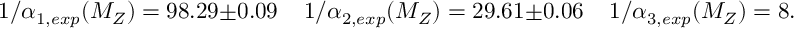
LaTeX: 1 / \alpha _ { 1 , e x p } ( M _ { Z } ) = 9 8 . 2 9 \pm 0 . 0 9 \; \; \; \; 1 / \alpha _ { 2 , e x p } ( M _ { Z } ) = 2 9 . 6 1 \pm 0 . 0 6 \; \; \; \; 1 / \alpha _ { 3 , e x p } ( M _ { Z } ) = 8 . 5 5 \pm 0 . 4 4